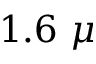
1 . 6 ~ \mu